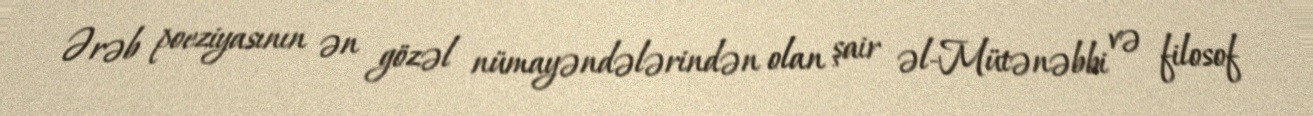
Ərəb poeziyasının ən gözəl nümayəndələrindən olan şair əl-Mütənəbbi və filosof